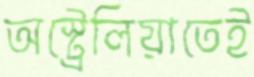
অস্ট্রেলিয়াতেই